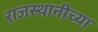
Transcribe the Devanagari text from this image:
राजस्थानीच्या